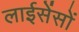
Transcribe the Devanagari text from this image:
लाईसेंसों